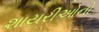
શાયરીઓનો